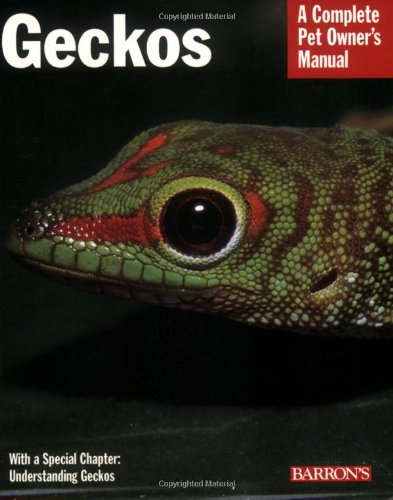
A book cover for Geckos (Complete Pet Owner's Manual); R.D. Bartlett; Crafts, Hobbies & Home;